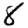
Digit: 8